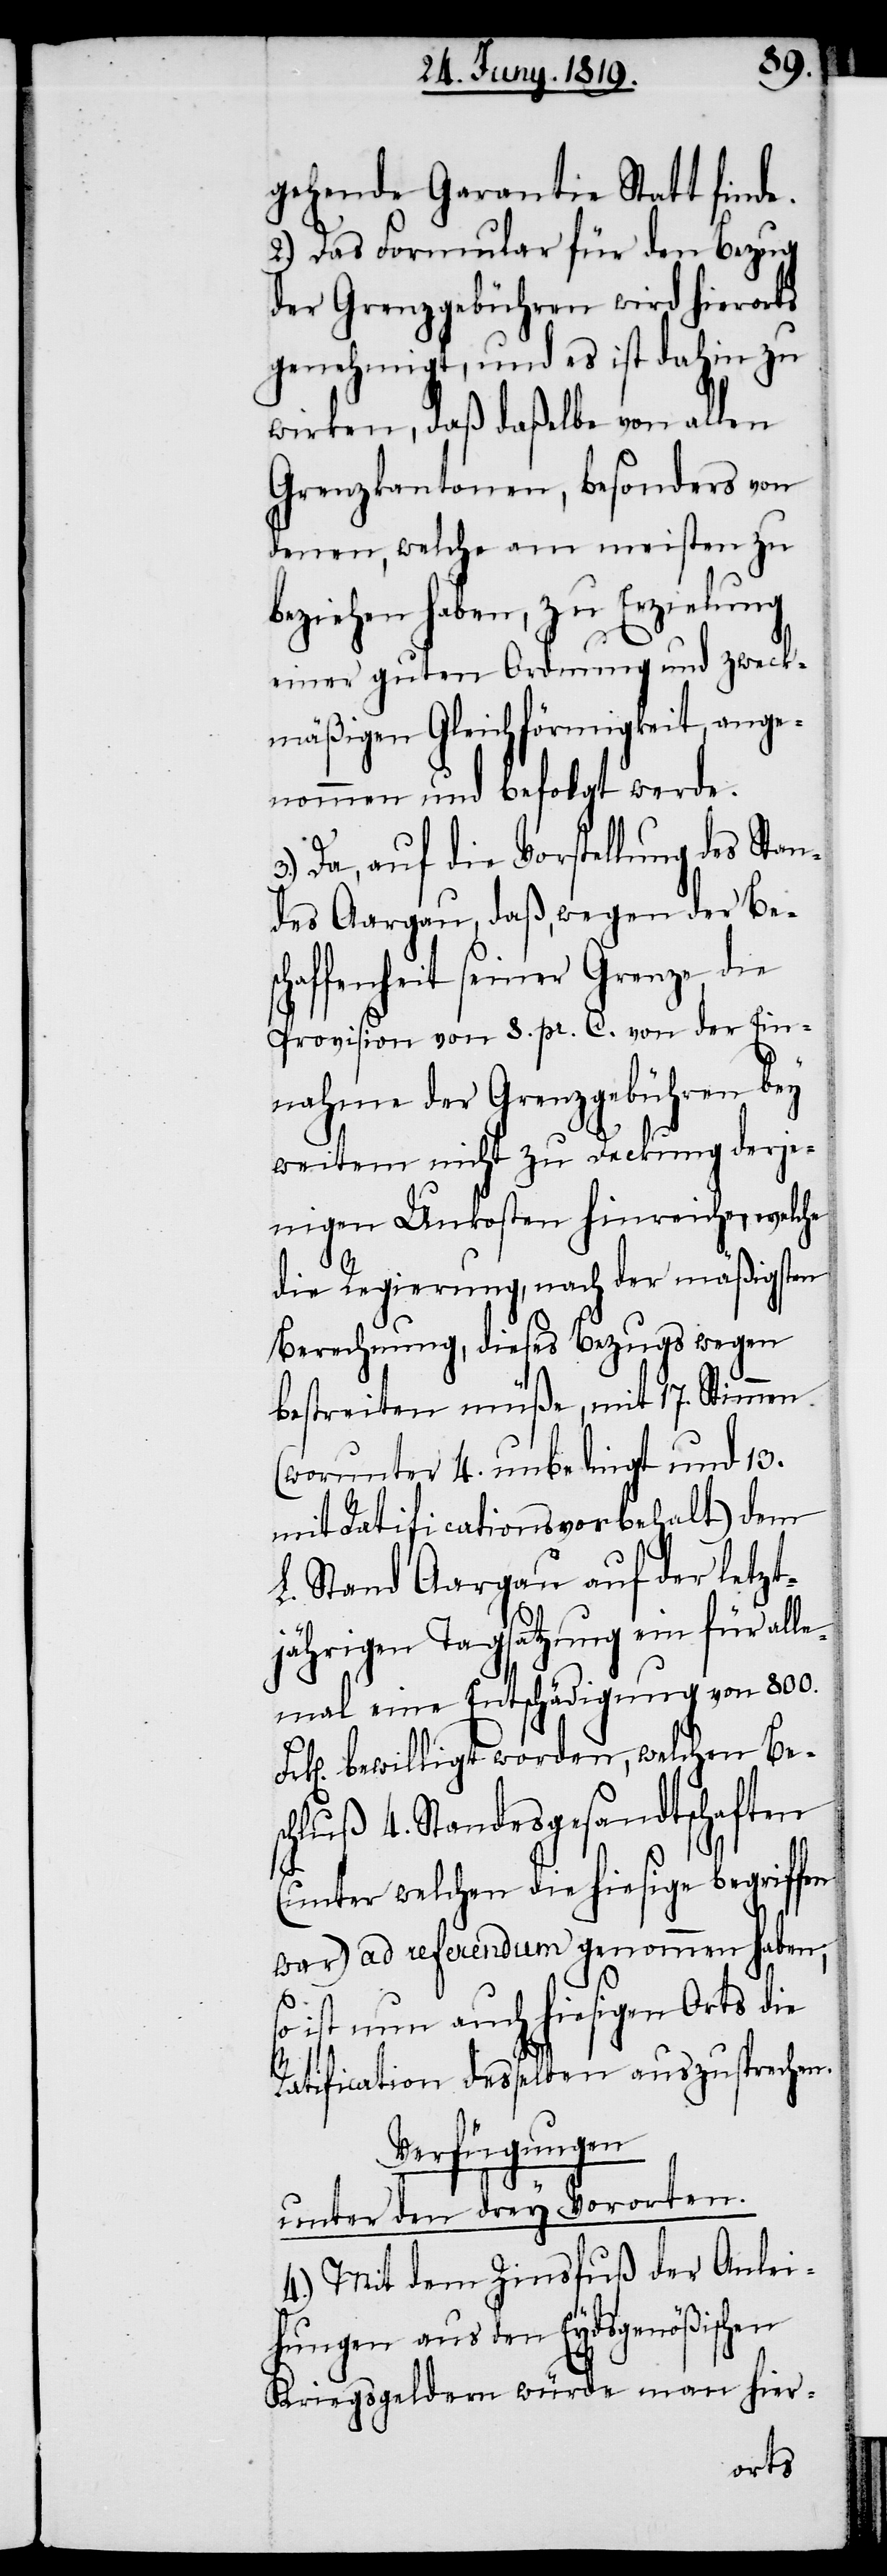
gehende Garantie Statt finde.
2.) Das Formular für den Bezug
der Grenzgebühren wird hierorts
genehmigt, und es ist dahin zu
wirken, daß daßelbe von allen
Grenzkantonen, besonders von
denen, welche am meisten zu
beziehen haben, zu Erzielung
einer guten Ordnung und zweck¬
mäßigen Gleichförmigkeit, ange¬
nommen und befolgt werde.
Da, auf die Vorstellung des Stan¬
des Aargau, daß, wegen der Besc¬
haffenheit seiner Grenze die
Provision von 8. pr. C. von der Ein¬
nahme der Grenzgebühren bey
weitem nicht zu Deckung derje¬
nigen Unkosten hinreiche, welche
die Regierung, nach der mäßigsten
Berechnung, dieses Bezugs wegen
bestreiten müße, mit 17. Stimmen
(worunter 4. unbedingt und 13.
mit Ratificationsvorbehalt) dem
L. Stand Aargau auf der letzt¬
jährigen Tagsatzung ein für al¬
lemal eine Entschädigung von 800.
Frk[en]. bewilliget worden, welchen Be¬
schluß 4. Standesgesandtschaften
(unter welchen die hiesige begriffen
war) ad referendum genommen haben;
ist nun auch hiesigen Orts die
Ratification desselben auszusprechen.
Verfügungen
unter den drey Vororten.
4.) Mit dem Zinsfuß der Anlei¬
hungen aus den Eydsgenößischen
Kriegsgeldern würde man hier-